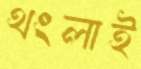
থংলাই